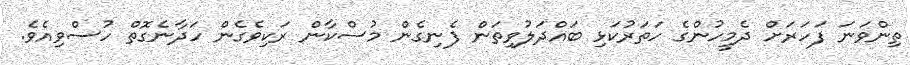
ތިންވަނަ ފަހަރަށް ދެމީހުންގެ ހަތަރުކަޅި ބައްދަލުވިތަން ފެނިގެން މުސްކާން ރަކިވެގެން ހަދާނެގޮތް ހުސްވިއެވެ.